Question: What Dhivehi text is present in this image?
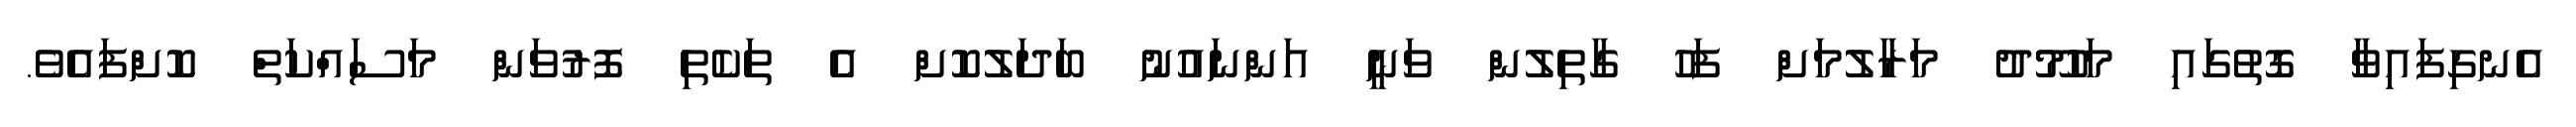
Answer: އެނގިފައިވާ ގޮތުގައި މަހުމޫދު މަރާލުމަށް ފަހު ގާތިލުން ވަނީ އަންނައުނު ބަދަލުކޮށް އެ ތަކެތި ފޮރުވަން މަސައްކަތް ކޮށްފައެވެ.